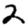
Digit: 2